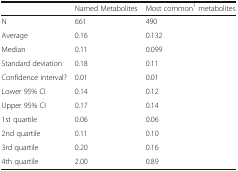
<table><thead><tr><td></td><td><b>Named Metabolites</b></td><td><b>Most common<sup>1</sup> metabolites</b></td></tr></thead><tbody><tr><td>N</td><td>661</td><td>490</td></tr><tr><td>Average</td><td>0.16</td><td>0.132</td></tr><tr><td>Median</td><td>0.11</td><td>0.099</td></tr><tr><td>Standard deviation</td><td>0.18</td><td>0.11</td></tr><tr><td>Confidence interval?</td><td>0.01</td><td>0.01</td></tr><tr><td>Lower 95% CI</td><td>0.14</td><td>0.12</td></tr><tr><td>Upper 95% CI</td><td>0.17</td><td>0.14</td></tr><tr><td>1st quartile</td><td>0.06</td><td>0.06</td></tr><tr><td>2nd quartile</td><td>0.11</td><td>0.10</td></tr><tr><td>3rd quartile</td><td>0.20</td><td>0.16</td></tr><tr><td>4th quartile</td><td>2.00</td><td>0.89</td></tr></tbody></table>